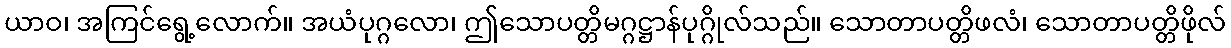
ယာဝ၊ အကြင်ရွေ့လောက်။ အယံပုဂ္ဂလော၊ ဤသောပတ္တိမဂ္ဂဋ္ဌာန်ပုဂ္ဂိုလ်သည်။ သောတာပတ္တိဖလံ၊ သောတာပတ္တိဖိုလ်